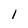
Character: I